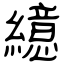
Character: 繶